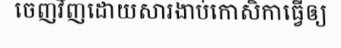
ចេញវិញដោយសារងាប់កោសិកាធ្វើឲ្យ